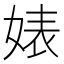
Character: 婊